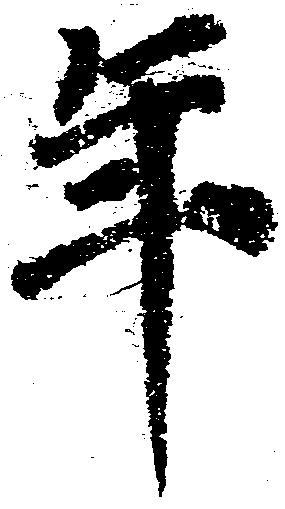
年